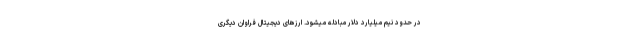
در حدود نیم میلیارد دلار مبادله میشود. ارزهای دیجیتال فراوان دیگری